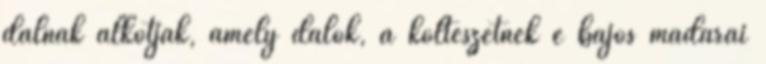
dalnak alkotják, amely dalok, a költészetnek e bájos madarai